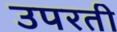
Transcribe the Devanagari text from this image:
उपरती